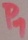
Text: P1